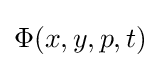
{\Phi (x,y,p,t)}